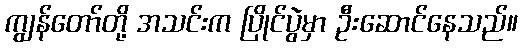
ကျွန်တော်တို့ အသင်းက ပြိုင်ပွဲမှာ ဦးဆောင်နေသည်။